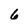
Character: 6